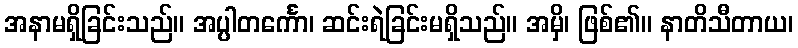
အနာမရှိခြင်းသည်။ အပ္ပါတင်္ကော၊ ဆင်းရဲခြင်းမရှိသည်။ အမှိ၊ ဖြစ်၏။ နာတိသီတာယ၊